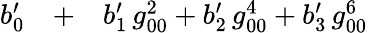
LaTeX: \begin{array}{rlr}{b_{0}^{\prime}}&{{}+}&{b_{1}^{\prime}\, g_{00}^{2}+b_{2}^{\prime}\, g_{00}^{4}+b_{3}^{\prime}\, g_{00}^{6}}\end{array}